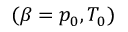
( \beta = p _ { 0 } , T _ { 0 } )